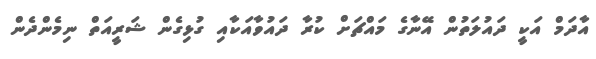
އާދަމް އަކީ ދައުލަތުން އޭނާގެ މައްޗަށް ކުރާ ދައުވާއަކާއި ގުޅިގެން ޝަރީއަތް ނިމެންދެން